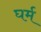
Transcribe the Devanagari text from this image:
घर्म